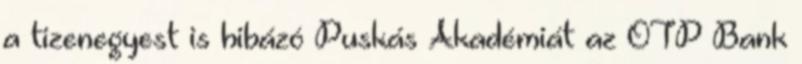
a tizenegyest is hibázó Puskás Akadémiát az OTP Bank